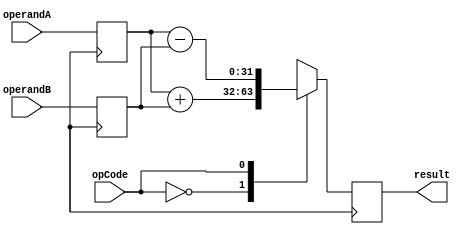
module FloatingPointALU (
    input wire [31:0] operandA,
    input wire [31:0] operandB,
    input wire opCode,
    output reg [31:0] result
);

// Data path unit
reg [31:0] regA;
reg [31:0] regB;

always @ (posedge clock) begin
    case(opCode)
        4'b0000: begin // Addition
            result <= regA + regB;
        end
        4'b0001: begin // Subtraction
            result <= regA - regB;
        end
        4'b0010: begin // Multiplication
            result <= regA * regB;
        end
        4'b0011: begin // Division
            result <= regA / regB;
        end
        default: begin
            result <= 32'h00000000; // Default result is 0
        end
    endcase
end

// Control unit
always @ (posedge clock) begin
    case(opCode)
        4'b0000: begin // Addition
            regA <= operandA;
            regB <= operandB;
        end
        4'b0001: begin // Subtraction
            regA <= operandA;
            regB <= operandB;
        end
        4'b0010: begin // Multiplication
            regA <= operandA;
            regB <= operandB;
        end
        4'b0011: begin // Division
            regA <= operandA;
            regB <= operandB;
        end
        default: begin
            regA <= 32'h00000000; // Default operands are 0
            regB <= 32'h00000000;
        end
    endcase
end

endmodule